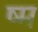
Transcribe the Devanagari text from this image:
ष्म